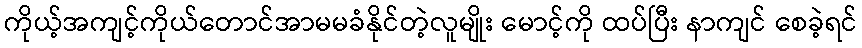
ကိုယ့်အကျင့်ကိုယ်တောင်အာမမခံနိုင်တဲ့လူမျိုး မောင့်ကို ထပ်ပြီး နာကျင် စေခဲ့ရင်